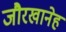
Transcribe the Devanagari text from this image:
जौरखानेह